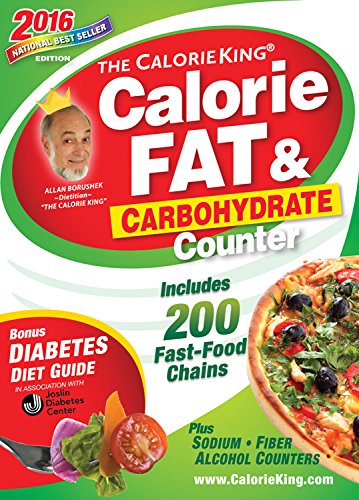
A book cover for The CalorieKing Calorie, Fat & Carbohydrate Counter 2016: Pocket-Size Edition; Allan Borushek; Health, Fitness & Dieting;